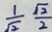
\frac { 1 } { \sqrt { 2 } } \frac { \sqrt { 2 } } { 2 }